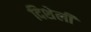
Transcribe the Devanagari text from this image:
दिशेली